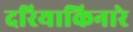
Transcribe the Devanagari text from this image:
दरियाकिनारे